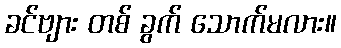
ခင်ဗျား တစ် ခွက် သောက်မလား။